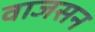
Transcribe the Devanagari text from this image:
वाजसन